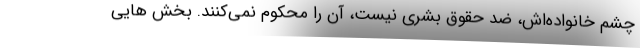
چشم خانواده‌اش، ضد حقوق بشری نیست، آن را محکوم نمی‌کنند. بخش هایی